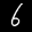
Label: 6